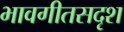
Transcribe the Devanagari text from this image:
भावगीतसदृश